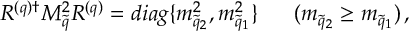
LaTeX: R ^ { ( q ) \dagger } { \cal M } _ { \tilde { q } } ^ { 2 } R ^ { ( q ) } = d i a g \{ m _ { \tilde { q } _ { 2 } } ^ { 2 } , m _ { \tilde { q } _ { 1 } } ^ { 2 } \} \ \ \ \ \ ( m _ { \tilde { q } _ { 2 } } \geq m _ { \tilde { q } _ { 1 } } ) \, ,